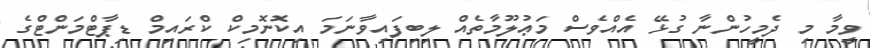
ވީމާ މި ދެމީހުންނާ ގުޅޭ އެއްވެސް މަޢުލޫމާތެއް ލިބިފައިވާނަމަ އިކޮނޮމިކް ކްރައިމް ޑިޕާޓްމަންޓްގެ